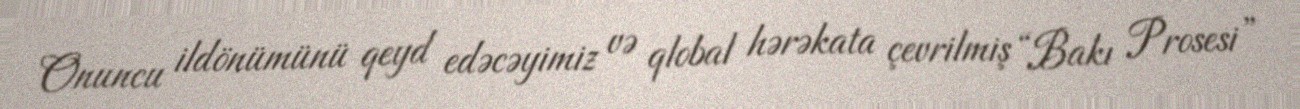
Onuncu ildönümünü qeyd edəcəyimiz və qlobal hərəkata çevrilmiş “Bakı Prosesi”